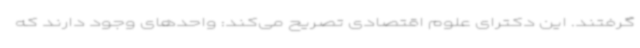
گرفتند. این دکترای علوم اقتصادی تصریح می‌کند: واحدهای وجود دارند که